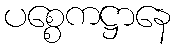
ပစ္စေကဋ္ဌာနေ